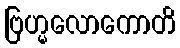
ဗြဟ္မလောကောတိ